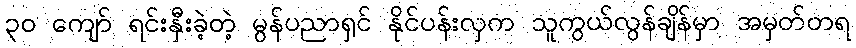
၃၀ ကျော် ရင်းနှီးခဲ့တဲ့ မွန်ပညာရှင် နိုင်ပန်းလှက သူကွယ်လွန်ချိန်မှာ အမှတ်တရ